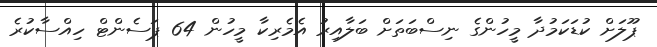
ޕޫލަށް ކުޑަކަމުދާ މީހުންގެ ނިސްބަތަށް ބަލާއިރު އެމެރިކާ މީހުން 64 ޕަސެންޓް ހިއްސާކުރެ